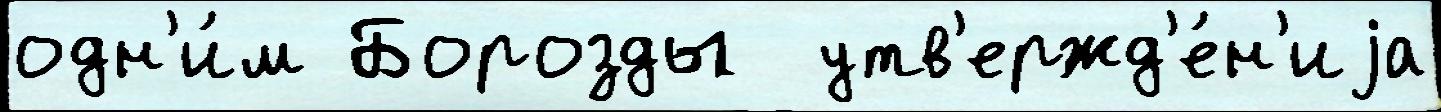
одн'и́м Борозды  утв'ержд'е́н'иjа